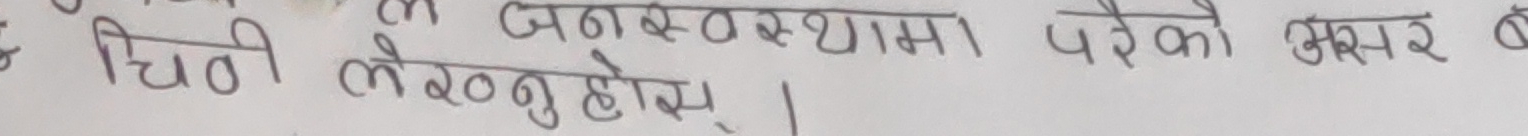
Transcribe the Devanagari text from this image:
चिती लेख्नुहोस्। जनसख्यामा परेको असर ब